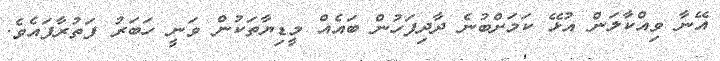
އޭނާ ވިއްކާލަން އުޅޭ ކަމަށްބުނެ ދާދިފަހުން ބައެއް މީޑިޔާތަކުން ވަނީ ހަބަރު ފަތުރާފައެވެ.